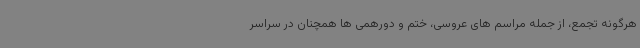
هرگونه تجمع، از جمله مراسم های عروسی، ختم و دورهمی ها همچنان در سراسر